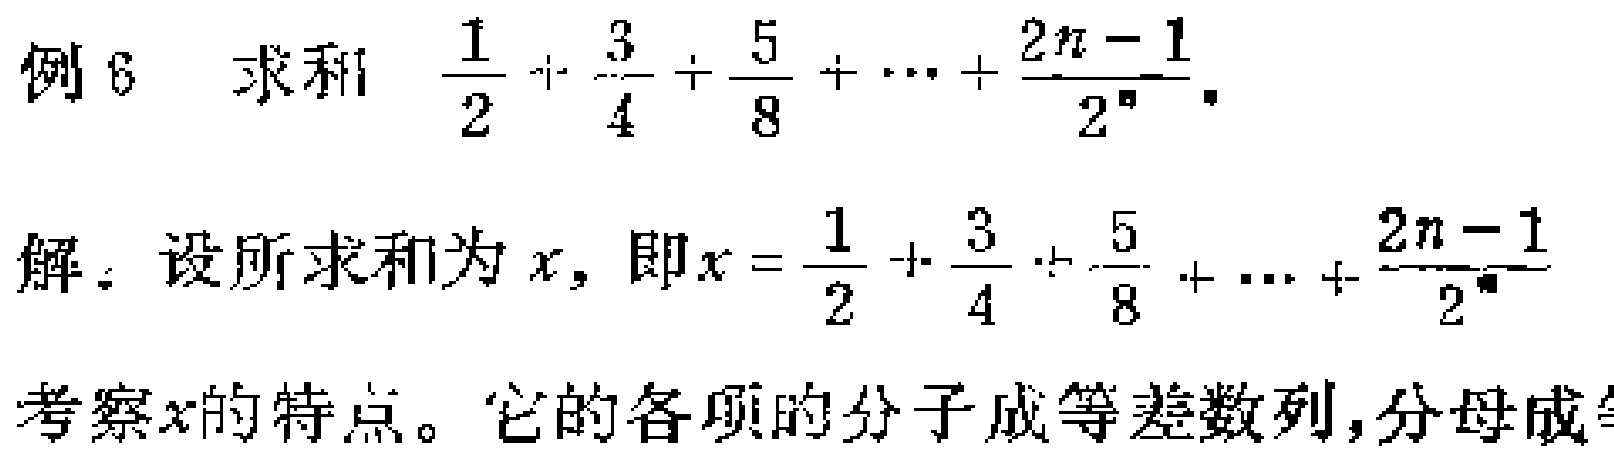
例 6 求和 $\frac{1}{2}+\frac{3}{4}+\frac{5}{8}+\cdots+\frac{2n - 1}{2^n}$.

解：设所求和为 $x$，即 $x = \frac{1}{2}+\frac{3}{4}+\frac{5}{8}+\cdots+\frac{2n - 1}{2^n}$

考察$x$的特点。它的各项的分子成等差数列，分母成